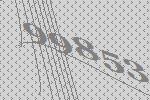
99853